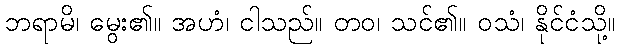
ဘရာမိ၊ မွေး၏။ အဟံ၊ ငါသည်။ တဝ၊ သင်၏။ ဝသံ၊ နိုင်ငံသို့။